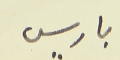
باريس